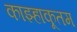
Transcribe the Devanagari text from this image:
काझ्हाकूतम